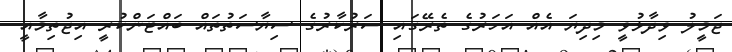
ޖަމީލު ވިދާޅުވީ މިދިޔަ އެއް އަހަރުގެ ތެރޭގައި ސަރުކާރުގެ ސިޔާސަތުތައް ބައްޓަންކުރީ އިޖުތިމާއީ